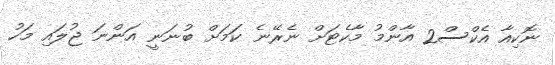
ނޮކިއާ އެކްސް2 އާންމު މާކެޓަށް ނެރޭނެ ކަމަށް ބުނަނީ އަންނަ ޖުލައި މަހު